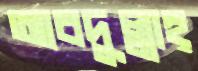
আবদুল্লাহ্